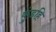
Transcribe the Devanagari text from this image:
कुंडहि